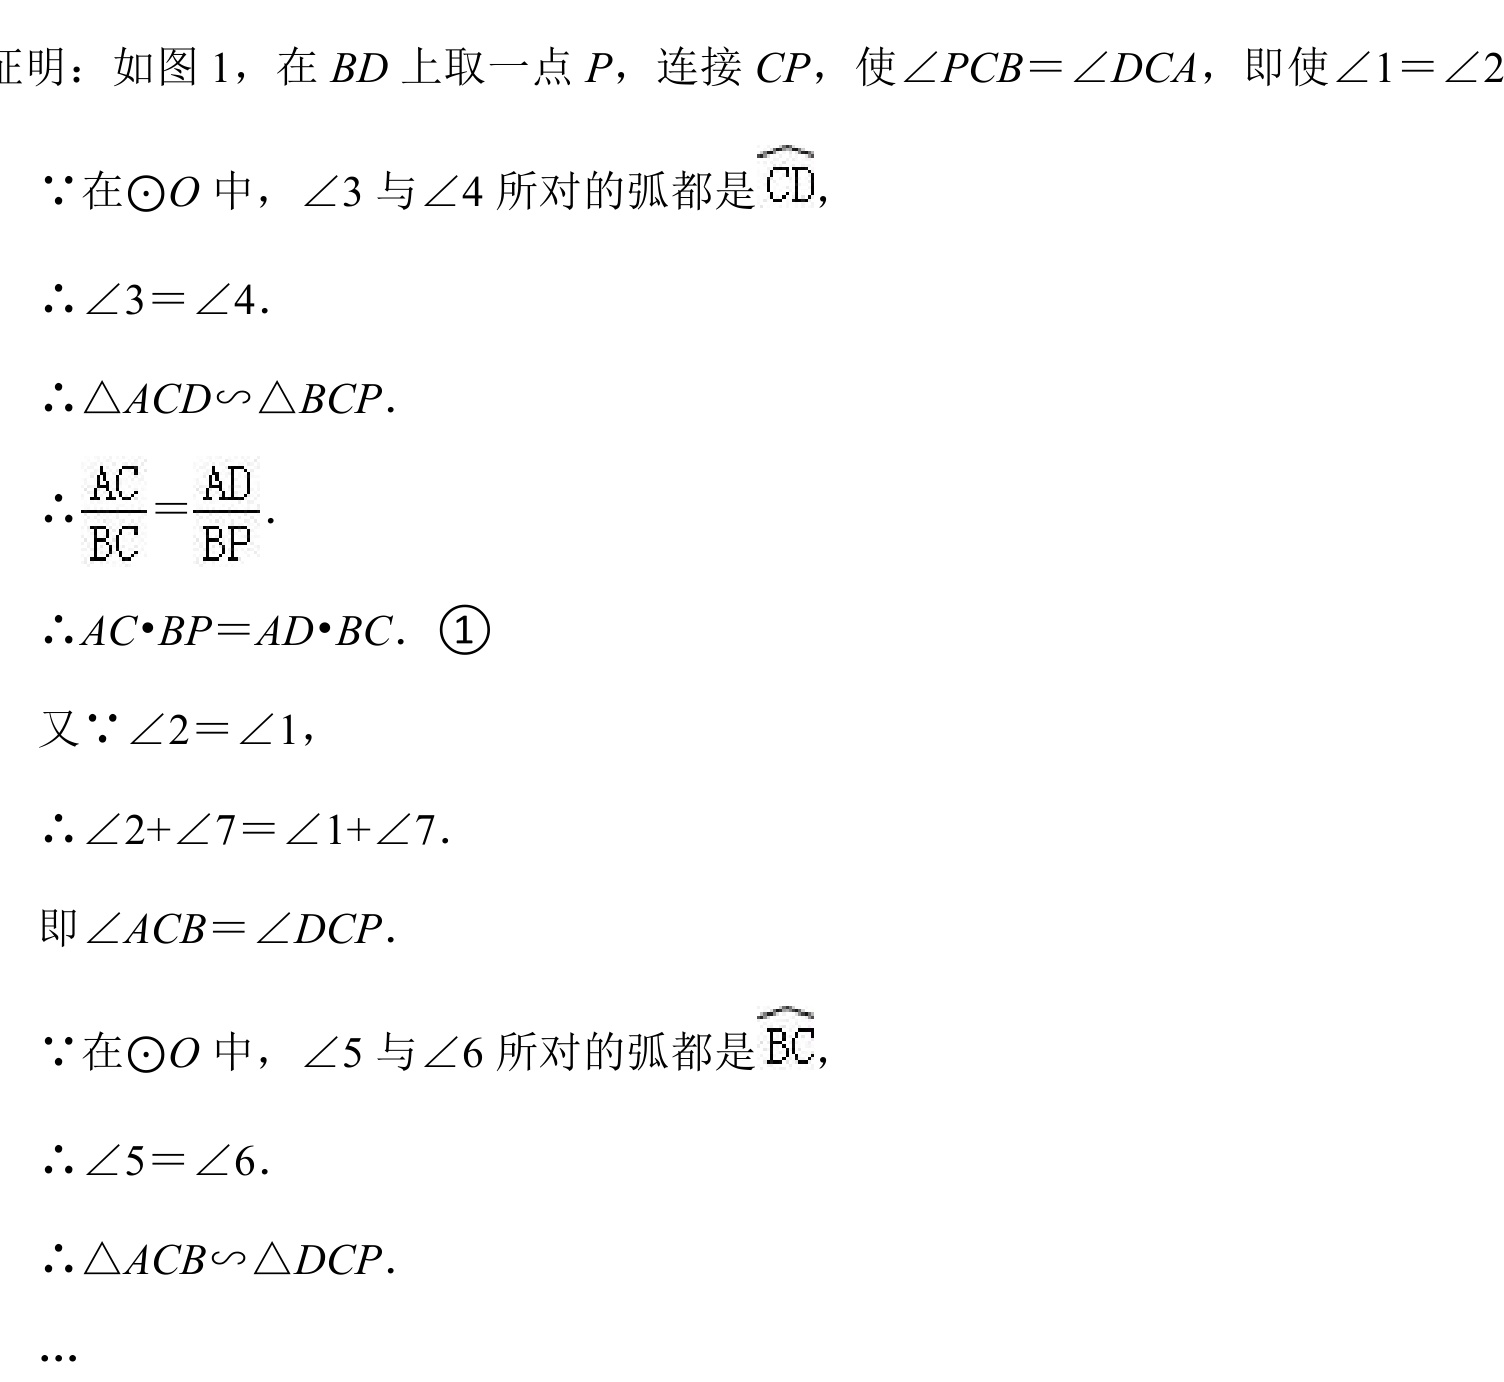
证明：如图 1，在 \(BD\) 上取一点 \(P\)，连接 \(CP\)，使\(\angle PCB=\angle DCA\)，即使\(\angle1 = \angle2\)。
\(\because\)在\(\odot O\) 中，\(\angle3\) 与\(\angle4\) 所对的弧都是 \(\overset{\frown}{CD}\)，
\(\therefore\angle3 = \angle4\)。
\(\therefore\triangle ACD\sim\triangle BCP\)。
\(\therefore\frac{AC}{BC}=\frac{AD}{BP}\)。
\(\therefore AC\cdot BP = AD\cdot BC\)。\textcircled{1}
又\(\because\angle2 = \angle1\)，
\(\therefore\angle2+\angle7=\angle1 + \angle7\)。
即\(\angle ACB=\angle DCP\)。
\(\because\)在\(\odot O\) 中，\(\angle5\) 与\(\angle6\) 所对的弧都是 \(\overset{\frown}{BC}\)，
\(\therefore\angle5 = \angle6\)。
\(\therefore\triangle ACB\sim\triangle DCP\)。
...